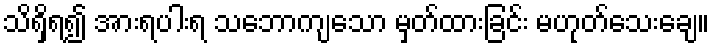
သိရှိရ၍ အားရပါးရ သဘောကျသော မှတ်ထားခြင်း မဟုတ်သေးချေ။